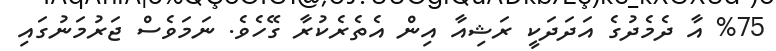
%75 އާ ދެމެދުގެ އަދަދަކީ ރަޝިއާ އިން އެތެރެކުރާ ގޭހެވެ. ނަމަވެސް ޖަރުމަނުގައި